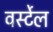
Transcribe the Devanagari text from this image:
वर्स्टेल